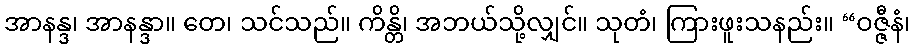
အာနန္ဒ၊ အာနန္ဒာ။ တေ၊ သင်သည်။ ကိန္တိ၊ အဘယ်သို့လျှင်။ သုတံ၊ ကြားဖူးသနည်း။ “ဝဇ္ဇီနံ၊